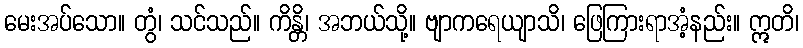
မေးအပ်သော။ တွံ၊ သင်သည်။ ကိန္တိ၊ အဘယ်သို့။ ဗျာကရေယျာသိ၊ ဖြေကြားရာအံ့နည်း။ ဣတိ၊